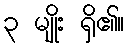
၃ မျိုး ရှိ၏။